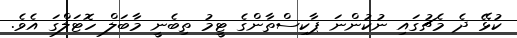
ކުޅޭ ދެ މެޗުގައި ނުކުންނަ ޕާކިސްތާންގެ ޓީމު ތިބެނީ މާބަލް ހޮޓަލްގަ އެވެ.